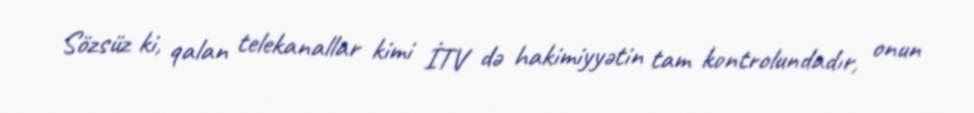
Sözsüz ki, qalan telekanallar kimi İTV də hakimiyyətin tam kontrolundadır, onun